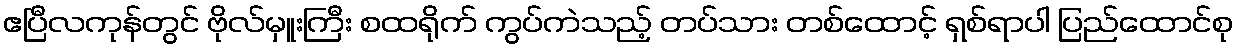
ဧပြီလကုန်တွင် ဗိုလ်မှူးကြီး စထရိုက် ကွပ်ကဲသည့် တပ်သား တစ်ထောင့် ရှစ်ရာပါ ပြည်ထောင်စု